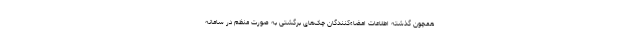
همچون گذشته اطلاعات امضاءکنندگان چک‌های برگشتی به صورت منظم در سامانه